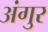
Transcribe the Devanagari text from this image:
अंगुर